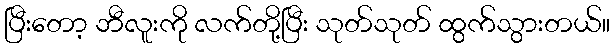
ပြီးတော့ ဘီလူးကို လက်တို့ပြီး သုတ်သုတ် ထွက်သွားတယ်။